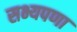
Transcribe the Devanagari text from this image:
सभ्यपणा